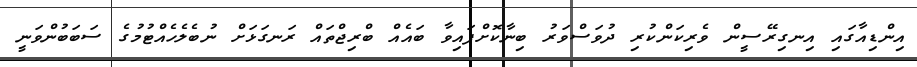
އިންޑިއާގައި އިނގިރޭސީން ވެރިކަންކުރި ދުވަސްވަރު ބިނާކޮށްފައިވާ ބައެއް ބްރިޖްތައް ރަނގަޅަށް ނުބެލެހެއްޓުމުގެ ސަބަބުންވަނީ